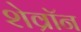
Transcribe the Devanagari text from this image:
शेव्रॉन